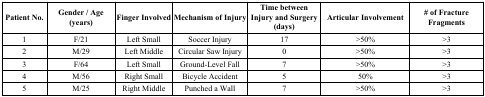
<table><thead><tr><td><b>Patient No.</b></td><td><b>Gender / Age (years)</b></td><td><b>Finger Involved</b></td><td><b>Mechanism of Injury</b></td><td><b>Time between Injury and Surgery (days)</b></td><td><b>Articular Involvement</b></td><td><b># of Fracture Fragments</b></td></tr></thead><tbody><tr><td>1</td><td>F/21</td><td>Left Small</td><td>Soccer Injury</td><td>17</td><td>&gt;50%</td><td>&gt;3</td></tr><tr><td>2</td><td>M/29</td><td>Left Middle</td><td>Circular Saw Injury</td><td>0</td><td>&gt;50%</td><td>&gt;3</td></tr><tr><td>3</td><td>F/64</td><td>Left Small</td><td>Ground-Level Fall</td><td>7</td><td>&gt;50%</td><td>&gt;3</td></tr><tr><td>4</td><td>M/56</td><td>Right Small</td><td>Bicycle Accident</td><td>5</td><td>50%</td><td>&gt;3</td></tr><tr><td>5</td><td>M/25</td><td>Right Middle</td><td>Punched a Wall</td><td>7</td><td>&gt;50%</td><td>&gt;3</td></tr></tbody></table>